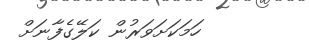
ހަމަކަށަވަރުން ކަލޭގެފާނަށް